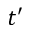
t ^ { \prime }